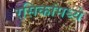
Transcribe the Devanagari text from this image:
रसिकांमध्ये